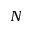
N